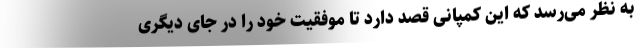
به نظر می‌رسد که این کمپانی قصد دارد تا موفقیت خود را در جای دیگری